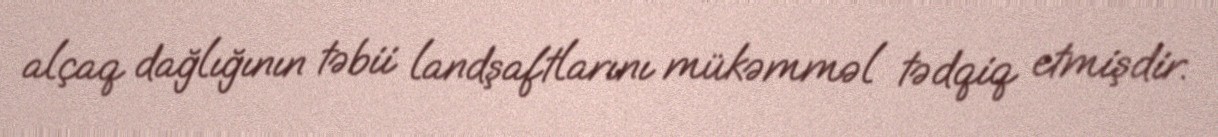
alçaq dağlığının təbii landşaftlarını mükəmməl tədqiq etmişdir.